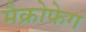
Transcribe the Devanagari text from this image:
मैक्रोफेग